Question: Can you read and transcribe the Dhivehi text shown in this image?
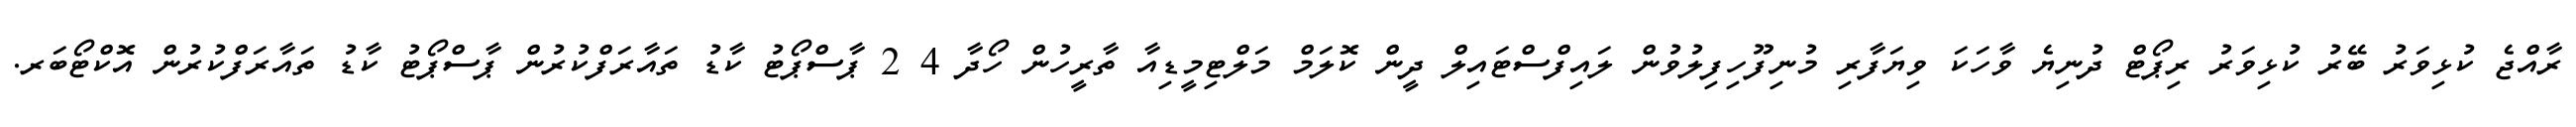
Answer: ރާއްޖެ ކުޅިވަރު ބޭރު ކުޅިވަރު ރިޕޯޓް ދުނިޔެ ވާހަކަ ވިޔަފާރި މުނިފޫހިފިލުވުން ލައިފްސްޓައިލް ދީން ކޮލަމް މަލްޓިމީޑިއާ ތާރީހުން ހޯދާ 4 2 ޕާސްޕޯޓު ކާޑު ތައާރަފްކުރުން ޕާސްޕޯޓު ކާޑު ތައާރަފްކުރުން އޮކްޓޯބަރ.